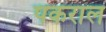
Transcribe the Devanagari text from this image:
पकराल